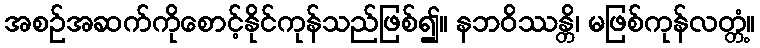
အစဉ်အဆက်ကိုစောင့်နိုင်ကုန်သည်ဖြစ်၍။ နဘဝိဿန္တိ၊ မဖြစ်ကုန်လတ္တံ့။